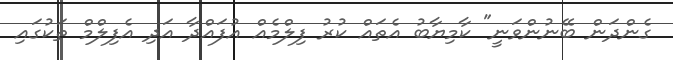
ގެންދަން ބޭނުންވަނީ" ކާމިޔާބު އެތައް ކުރު ފިލްމެއް އުފައްދާ އަދި އެފިލްމް ތަކުގައި